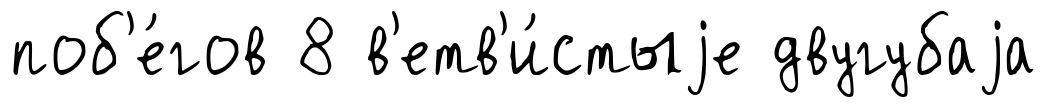
поб'е́гов 8 в'етв'и́стыjе двугубаjа